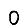
Digit: 0